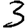
Digit: 3